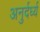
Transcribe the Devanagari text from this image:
अनुर्दर्ध्य